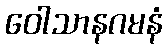
ဝေါသာနဂမနံ